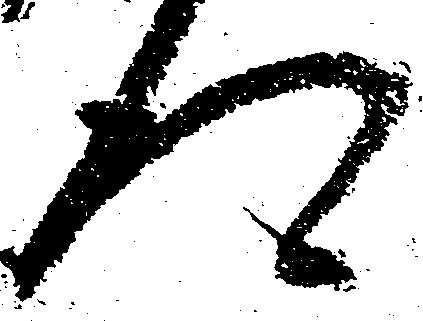
得